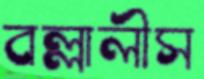
বল্লালীস